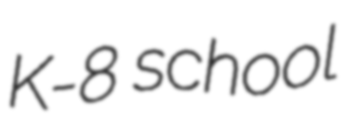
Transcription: K-8 school